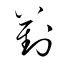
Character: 葑